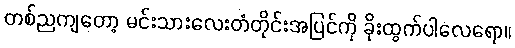
တစ်ညကျတော့ မင်းသားလေးတံတိုင်းအပြင်ကို ခိုးထွက်ပါလေရော။